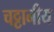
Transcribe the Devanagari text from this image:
चट्टानीय